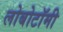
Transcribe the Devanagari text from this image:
लोबोटॉमी